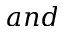
a n d